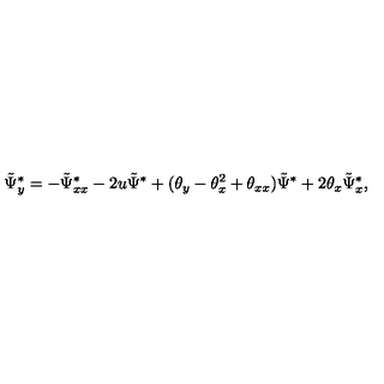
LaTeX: \tilde { \Psi } _ { y } ^ { * } = - \tilde { \Psi } _ { x x } ^ { * } - 2 u \tilde { \Psi } ^ { * } + ( { \theta } _ { y } - { \theta } _ { x } ^ { 2 } + { \theta } _ { x x } ) \tilde { \Psi } ^ { * } + 2 { \theta } _ { x } \tilde { \Psi } _ { x } ^ { * } ,